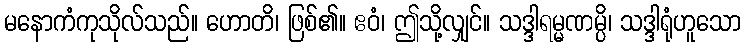
မနောကံကုသိုလ်သည်။ ဟောတိ၊ ဖြစ်၏။ ဧဝံ၊ ဤသို့လျှင်။ သဒ္ဒါရမ္မဏမ္ပိ၊ သဒ္ဒါရုံဟူသော